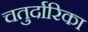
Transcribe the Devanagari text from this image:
चतुर्दारिका